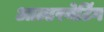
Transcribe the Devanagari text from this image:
आल्टरनेटिंग